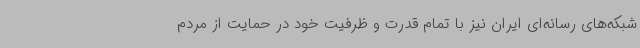
شبکه‌های رسانه‌ای ایران نیز با تمام قدرت و ظرفیت خود در حمایت از مردم